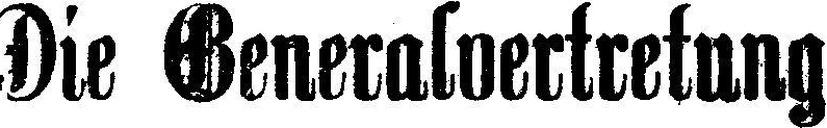
Die Generalvertretung